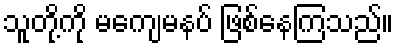
သူတို့ကို မကျေမနပ် ဖြစ်နေကြသည်။